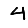
Digit: 4